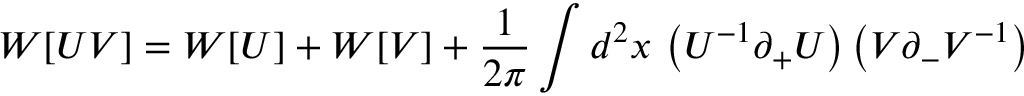
W [ U V ] = W [ U ] + W [ V ] + { \frac { 1 } { 2 \pi } } \int d ^ { 2 } x \, \left( U ^ { - 1 } \partial _ { + } U \right) \left( V \partial _ { - } V ^ { - 1 } \right)